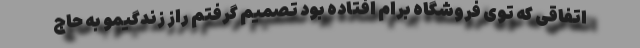
اتفاقی که توی فروشگاه برام افتاده بود تصمیم گرفتم راز زندگیمو به حاج